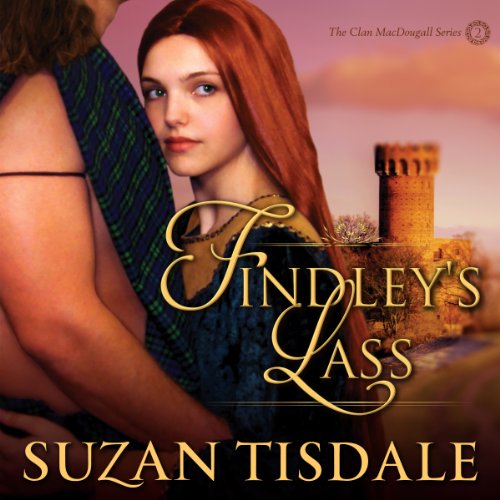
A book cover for Findley's Lass: The Clan MacDougall Series; Suzan Tisdale; Romance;